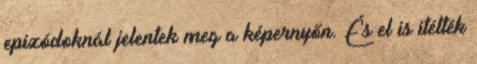
epizódoknál jelentek meg a képernyőn. És el is itélték